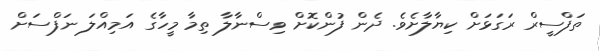
ތަފްސީރް ރަގަޅަށް ކިޔާލާށެވެ. ދެން ފުންކޮށް ވިސްނާލާ ތިމާ މީހާގެ އަމިއްލަ ނަފްސަށް